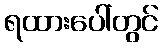
ရထားပေါ်တွင်